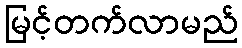
မြင့်တက်လာမည်